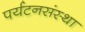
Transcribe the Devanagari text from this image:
पर्यटनसंस्था